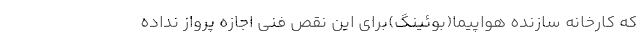
که کارخانه سازنده هواپیما(بوئینگ)برای این نقص فنی اجازه پرواز نداده